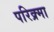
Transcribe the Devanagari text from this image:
परिक्र्मा